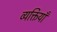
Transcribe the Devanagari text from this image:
व्यक्तियाँ